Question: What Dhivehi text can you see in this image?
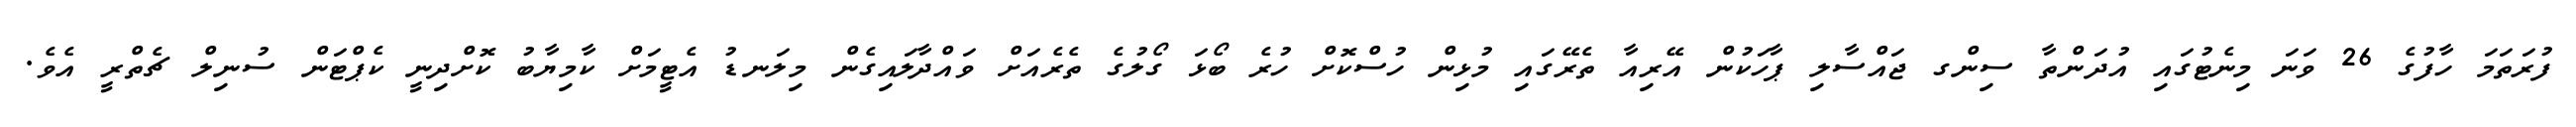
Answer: ފުރަތަމަ ހާފުގެ 26 ވަނަ މިނެޓުގައި އުދަންތާ ސިންގ ޖައްސާލި ޕާހަކުން އޭރިއާ ތެރޭގައި މުޅިން ހުސްކޮށް ހުރެ ބޯޅަ ގޯލުގެ ތެރެއަށް ވައްދާލައިގެން މިލަނޑު އެޓީމަށް ކާމިޔާބު ކޮށްދިނީ ކެޕްޓަން ސުނިލް ޗެތްރީ އެވެ.